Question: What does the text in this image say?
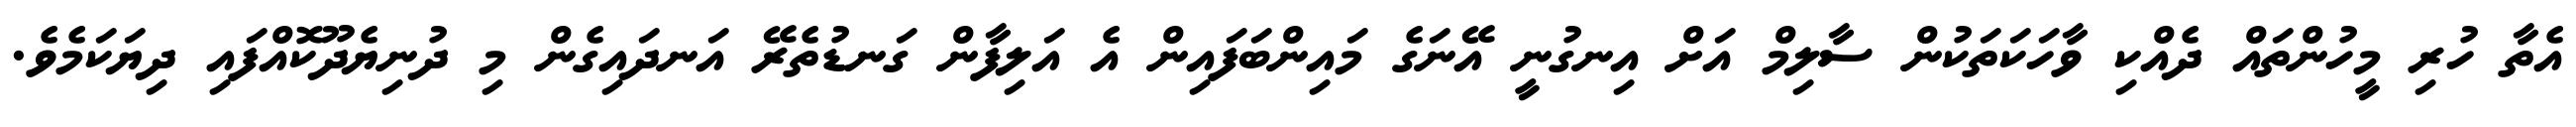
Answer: އެތާ ހުރި މީހުންތައް ދެއްކި ވާހަކަތަކުން ސާލިމް އަށް އިނގުނީ އޭނަގެ މައިންބަފައިން އެ އަލިފާން ގަނޑުތެރޭ އަނދައިގެން މި ދުނިޔެދޫކޮއްފައި ދިޔަކަމެވެ.